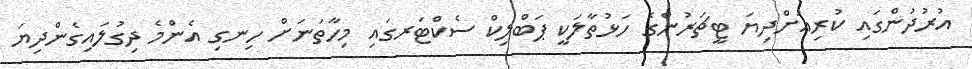
އުރުދުންގައި ކުރިއަށްދިޔަ ޓީޗަރުންގެ ހަޅުތާލަކީ ޕަބްލިކް ސެކްޓަރގައި މިހާތަނަށް ހިނގި އެންމެ ދިގުލައިގެންދިޔަ